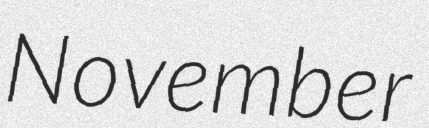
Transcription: November